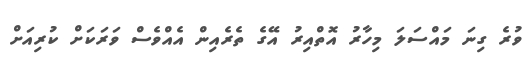
ވުރެ ގިނަ މައްސަލަ މިހާރު އޮތްއިރު އޭގެ ތެރެއިން އެއްވެސް ވަރަކަށް ކުރިއަށް